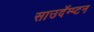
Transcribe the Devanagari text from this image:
साउदॅम्प्टन